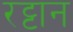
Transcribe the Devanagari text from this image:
रट्टान